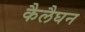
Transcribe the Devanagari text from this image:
कैलैघन